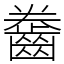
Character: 齤